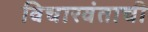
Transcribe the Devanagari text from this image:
विचारवंताची